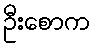
ဦးစောက